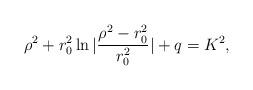
LaTeX: \begin{align*}\rho^2 + r_0^2 \ln|\frac{\rho^2- r_0^2}{r_0^2}|+q =K^2, \end{align*}